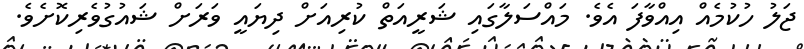
ޖަލު ހުކުމެއް އިއްވާފަ އެވެ. މައްސަލާގައި ޝަރީއަތް ކުރިއަށް ދިޔައީ ވަރަށް ޝައުގުވެރިކޮށެވެ.